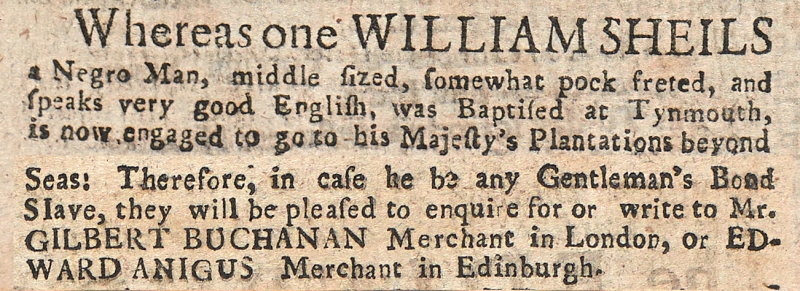
Edinburgh Evening Courant, 11 December 1732 (Scotland)
Whereas one WILLIAM SHEILS a Negro Man, middle sized, somewhat pock freted, and speaks very good English, was Baptised at Tynmouth, is now engaged to go to His Majesty’s Plantations beyond Seas: Therefore, in case he be any Gentleman’s Bond Slave, they will be pleased to enquire for or write to Mr. GILBERT BUCHANAN Merchant in London, or EDWARD ANIGUS Merchant in Edinburgh.